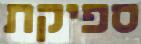
ספיקת